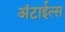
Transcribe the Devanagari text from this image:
अंटाईल्स